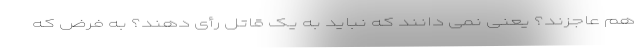
هم عاجزند؟ یعنی نمی دانند که نباید به یک قاتل رأی دهند؟ به فرض که